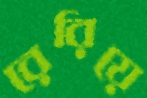
রেরিয়ে